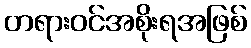
တရားဝင်အစိုးရအဖြစ်